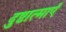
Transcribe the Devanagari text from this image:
दुष्टात्माएँ